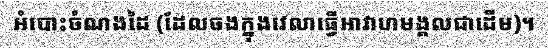
អំបោះចំណងដៃ (ដែលចងក្នុងវេលាធ្វើអាវាហមង្គលជាដើម)។